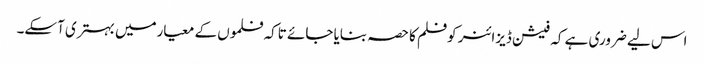
اس لیے ضروری ہے کہ فیشن ڈیزائنر کوفلم کا حصہ بنایا جائے تاکہ فلموں کے معیارمیں بہتری آسکے۔